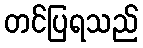
တင်ပြရသည်